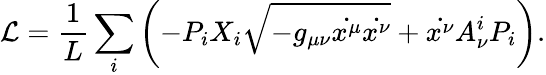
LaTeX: \mathcal{L}=\frac{1}{L}\sum_{i}\left(-P_{i}X_{i}\sqrt{-g_{\mu\nu}\dot{x^{\mu}}\dot{x^{\nu}}}+\dot{x^{\nu}}A_{\nu}^{i}P_{i}\right).